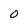
Character: 0